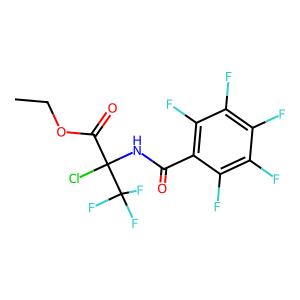
SMILES: CCOC(=O)C(Cl)(NC(=O)c1c(F)c(F)c(F)c(F)c1F)C(F)(F)F
Inhibits HIV replication: No